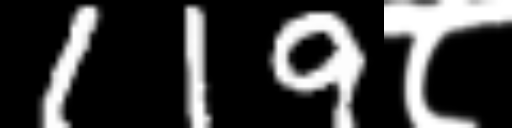
Text: 119८